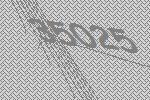
35025